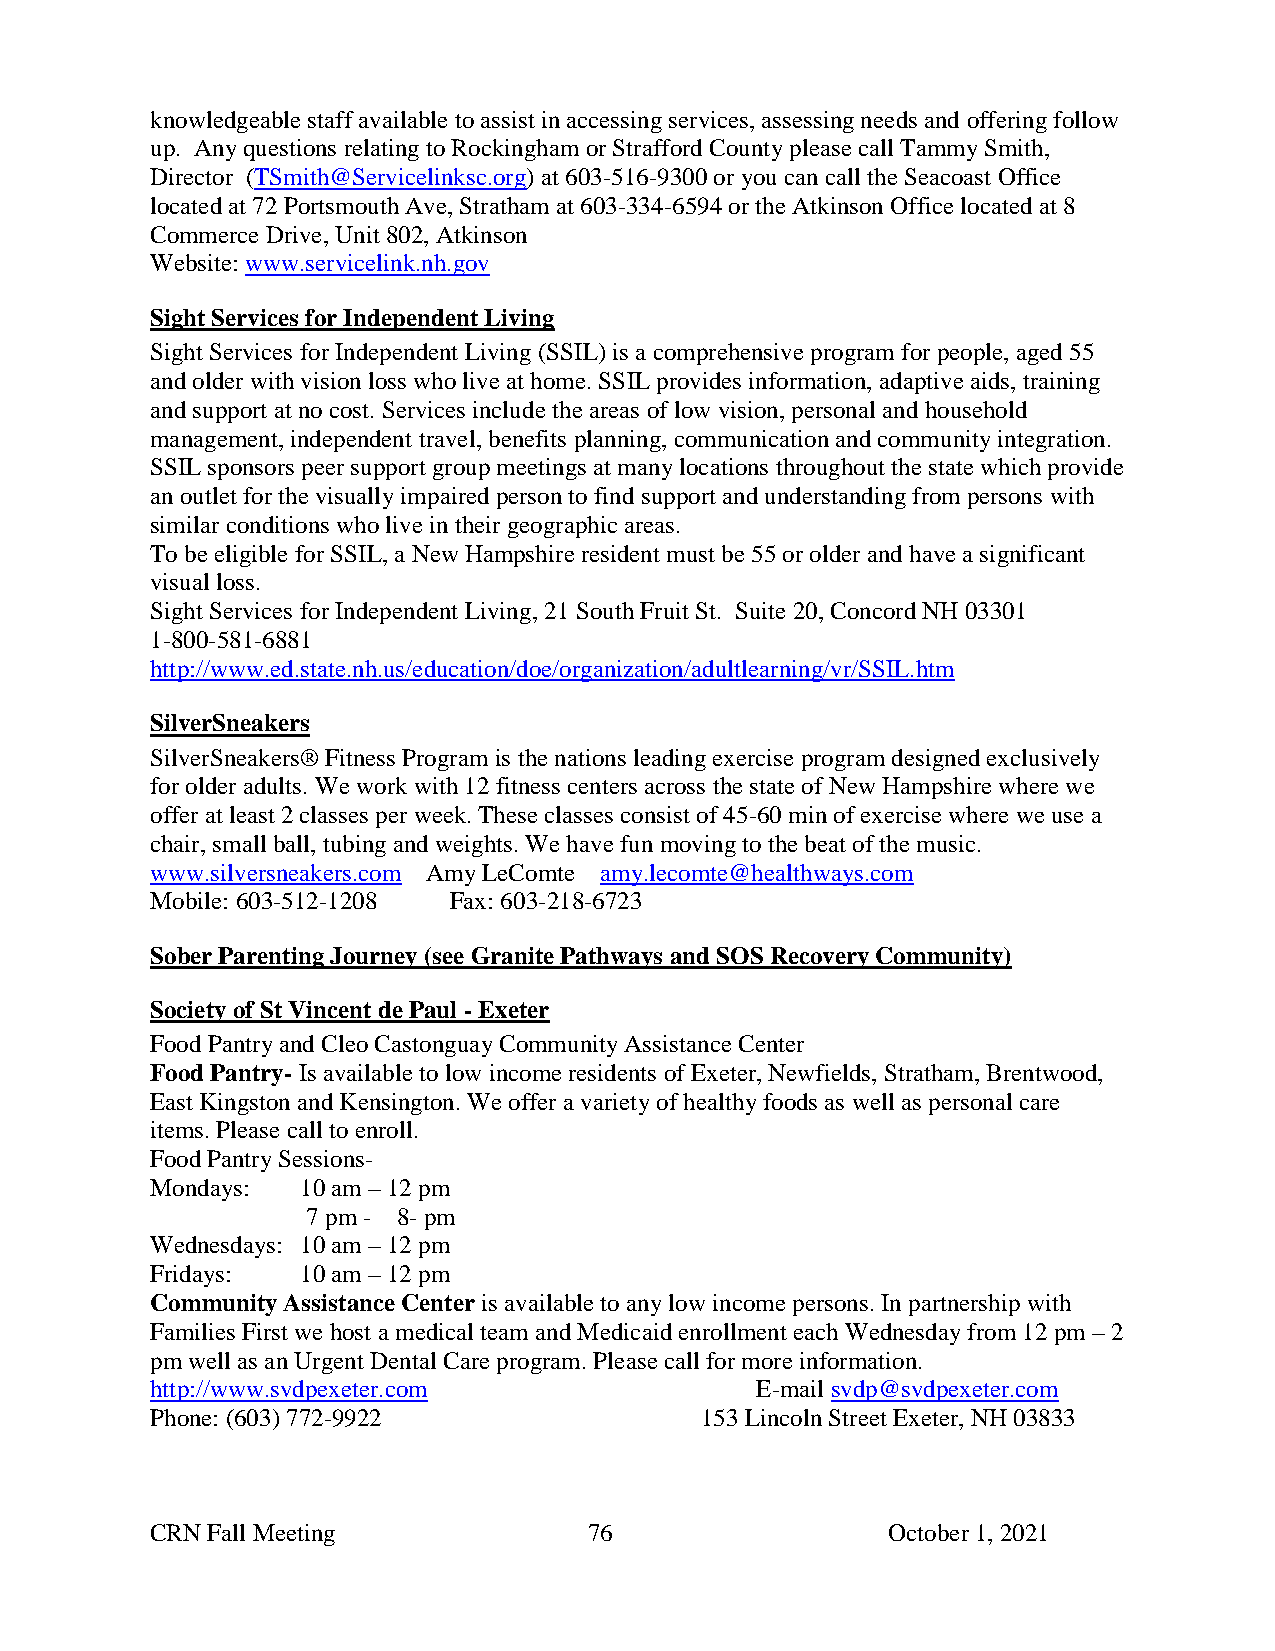
knowledgeable staff available to assist in accessing services, assessing needs and offering follow
 up. Any questions relating to Rockingham or Strafford County please call Tammy Smith,
 Director (TSmith@Servicelinksc.org) at 603-516-9300 or you can call the Seacoast Office
 located at 72 Portsmouth Ave, Stratham at 603-334-6594 or the Atkinson Office located at 8
 Commerce Drive, Unit 802, Atkinson
 Website: www.servicelink.nh.gov
 Sight Services for Independent Living
 Sight Services for Independent Living (SSIL) is a comprehensive program for people, aged 55
 and older with vision loss who live at home. SSIL provides information, adaptive aids, training
 and support at no cost. Services include the areas of low vision, personal and household
 management, independent travel, benefits planning, communication and community integration.
 SSIL sponsors peer support group meetings at many locations throughout the state which provide
 an outlet for the visually impaired person to find support and understanding from persons with
 similar conditions who live in their geographic areas.
 To be eligible for SSIL, a New Hampshire resident must be 55 or older and have a significant
 visual loss.
 Sight Services for Independent Living, 21 South Fruit St. Suite 20, Concord NH 03301
 1-800-581-6881
 http://www.ed.state.nh.us/education/doe/organization/adultlearning/vr/SSIL.htm
 SilverSneakers
 SilverSneakers® Fitness Program is the nations leading exercise program designed exclusively
 for older adults. We work with 12 fitness centers across the state of New Hampshire where we
 offer at least 2 classes per week. These classes consist of 45-60 min of exercise where we use a
 chair, small ball, tubing and weights. We have fun moving to the beat of the music.
 www.silversneakers.com Amy LeComte amy.lecomte@healthways.com
 Mobile: 603-512-1208 Fax: 603-218-6723
 Sober Parenting Journey (see Granite Pathways and SOS Recovery Community)
 Society of St Vincent de Paul - Exeter
 Food Pantry and Cleo Castonguay Community Assistance Center
 Food Pantry- Is available to low income residents of Exeter, Newfields, Stratham, Brentwood,
 East Kingston and Kensington. We offer a variety of healthy foods as well as personal care
 items. Please call to enroll.
 Food Pantry Sessions-
 Mondays:  10 am – 12 pm
 7 pm - 8- pm
 Wednesdays: 10 am – 12 pm
 Fridays:  10 am – 12 pm
 Community Assistance Center is available to any low income persons. In partnership with
 Families First we host a medical team and Medicaid enrollment each Wednesday from 12 pm – 2
 pm well as an Urgent Dental Care program. Please call for more information.
 http://www.svdpexeter.com               E-mail svdp@svdpexeter.com
 Phone: (603) 772-9922               153 Lincoln Street Exeter, NH 03833
 CRN Fall Meeting             76                  October 1, 2021